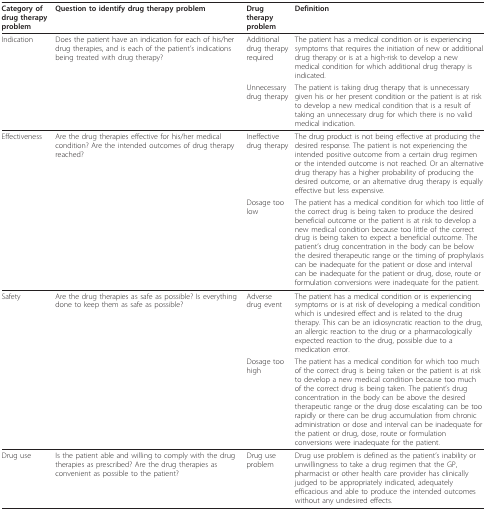
<table><thead><tr><td><b>Category of drug therapy problem</b></td><td><b>Question to identify drug therapy problem</b></td><td><b>Drug therapy problem</b></td><td><b>Definition</b></td></tr></thead><tbody><tr><td>Indication</td><td>Does the patient have an indication for each of his/her drug therapies, and is each of the patient&#x27;s indications being treated with drug therapy?</td><td>Additional drug therapy required</td><td>The patient has a medical condition or is experiencing symptoms that requires the initiation of new or additional drug therapy or is at a high-risk to develop a new medical condition for which additional drug therapy is indicated.</td></tr><tr><td></td><td></td><td>Unnecessary drug therapy</td><td>The patient is taking drug therapy that is unnecessary given his or her present condition or the patient is at risk to develop a new medical condition that is a result of taking an unnecessary drug for which there is no valid medical indication.</td></tr><tr><td>Effectiveness</td><td>Are the drug therapies effective for his/her medical condition? Are the intended outcomes of drug therapy reached?</td><td>Ineffective drug therapy</td><td>The drug product is not being effective at producing the desired response. The patient is not experiencing the intended positive outcome from a certain drug regimen or the intended outcome is not reached. Or an alternative drug therapy has a higher probability of producing the desired outcome, or an alternative drug therapy is equally effective but less expensive.</td></tr><tr><td></td><td></td><td>Dosage too low</td><td>The patient has a medical condition for which too little of the correct drug is being taken to produce the desired beneficial outcome or the patient is at risk to develop a new medical condition because too little of the correct drug is being taken to expect a beneficial outcome. The patient&#x27;s drug concentration in the body can be below the desired therapeutic range or the timing of prophylaxis can be inadequate for the patient or dose and interval can be inadequate for the patient or drug, dose, route or formulation conversions were inadequate for the patient.</td></tr><tr><td>Safety</td><td>Are the drug therapies as safe as possible? Is everything done to keep them as safe as possible?</td><td>Adverse drug event</td><td>The patient has a medical condition or is experiencing symptoms or is at risk of developing a medical condition which is undesired effect and is related to the drug therapy. This can be an idiosyncratic reaction to the drug, an allergic reaction to the drug or a pharmacologically expected reaction to the drug, possible due to a medication error.</td></tr><tr><td></td><td></td><td>Dosage too high</td><td>The patient has a medical condition for which too much of the correct drug is being taken or the patient is at risk to develop a new medical condition because too much of the correct drug is being taken. The patient&#x27;s drug concentration in the body can be above the desired therapeutic range or the drug dose escalating can be too rapidly or there can be drug accumulation from chronic administration or dose and interval can be inadequate for the patient or drug, dose, route or formulation conversions were inadequate for the patient.</td></tr><tr><td>Drug use</td><td>Is the patient able and willing to comply with the drug therapies as prescribed? Are the drug therapies as convenient as possible to the patient?</td><td>Drug use problem</td><td>Drug use problem is defined as the patient&#x27;s inability or unwillingness to take a drug regimen that the GP, pharmacist or other health care provider has clinically judged to be appropriately indicated, adequately efficacious and able to produce the intended outcomes without any undesired effects.</td></tr></tbody></table>